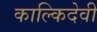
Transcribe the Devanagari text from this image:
काल्किदेवी